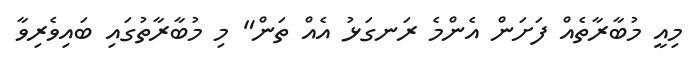
މިއީ މުބާރާތެއް ފަށަން އެންމެ ރަނގަޅު އެއް ތަން" މި މުބާރާތުގައި ބައިވެރިވާ